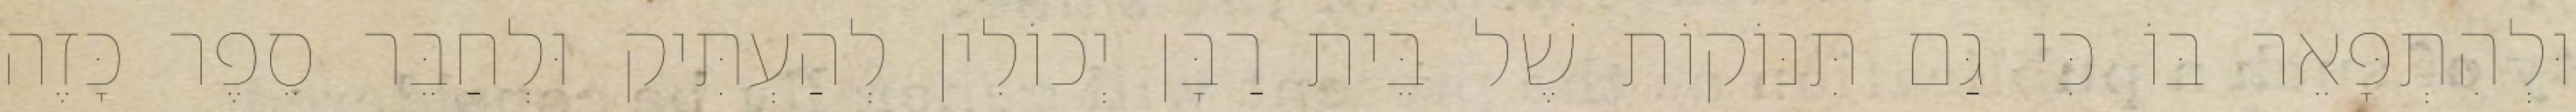
וּלְהִתְפָּאֵר בּוֹ כִּי גַּם תִּנּוֹקוֹת שֶׁל בֵּית רַבָּן יְכוֹלִין לְהַעְתִּיק וּלְחַבֵּר סֵפֶר כָּזֶה